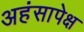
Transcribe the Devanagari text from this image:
अहंसापेक्ष